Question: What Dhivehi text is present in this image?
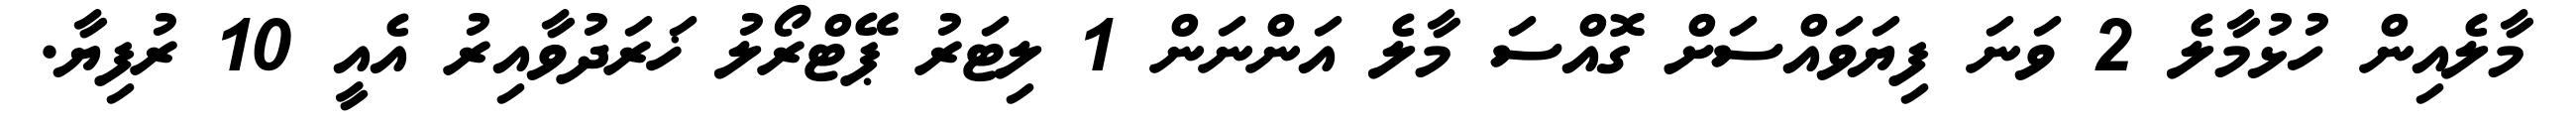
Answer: މާލެއިން ހުޅުމާލެ 2 ވަނަ ފިޔަވައްސަށް ގޮއްސަ މާލެ އަންނަން 1 ލިޓަރު ޕޭޓްރޯލު ޚަރަދުވާއިރު އެއީ 10 ރުފިޔާ.